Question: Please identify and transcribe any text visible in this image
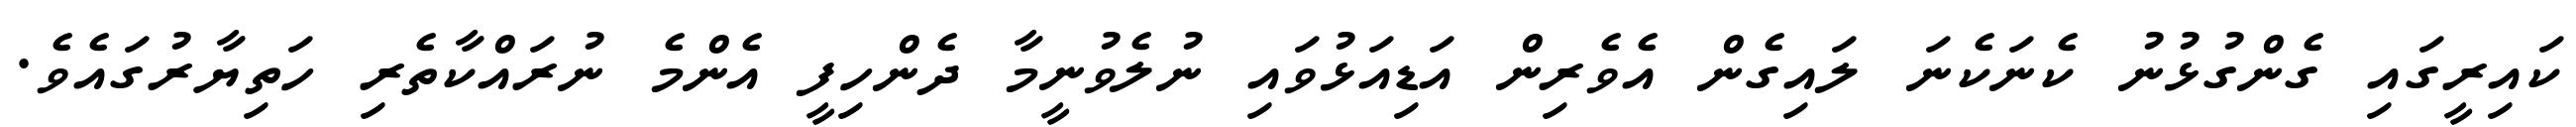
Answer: ކައިރީގައި ގެންގުޅުނު ކެނަކެނަ ލައިގެން އެވެރިން އަޑިއަޅުވައި ނުލެވުނީމާ ދެންހިފީ އެންމެ ނުރައްކާތެރި ހަތިޔާރުގައެވެ.